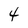
Character: 4